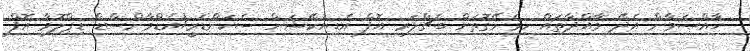
ޚާއްޞަވާން އެދޭ މާއްދާތައް ހިމެނޭގޮތަށް ބެޗްލަރ އޮފް އެޑިޔުކޭޝަން ސެކަންޑަރީ/އެޑްވާންސްޑް ޑިޕްލޮމާ އޮފް